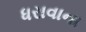
ધરાવાના